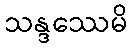
သန္ဒဿေမိ